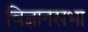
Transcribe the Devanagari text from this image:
विज्ञानसभा